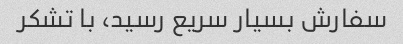
سفارش بسیار سریع رسید، با تشکر